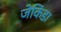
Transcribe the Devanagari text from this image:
जेकिंडा